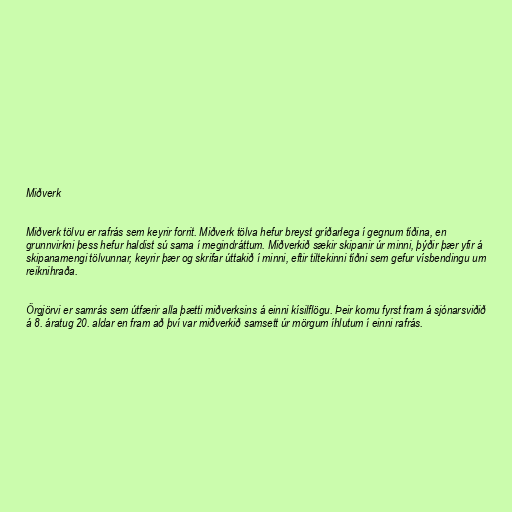
Miðverk

Miðverk tölvu er rafrás sem keyrir forrit. Miðverk tölva hefur breyst gríðarlega í gegnum tíðina, en
grunnvirkni þess hefur haldist sú sama í megindráttum. Miðverkið sækir skipanir úr minni, þýðir þær yfir á
skipanamengi tölvunnar, keyrir þær og skrifar úttakið í minni, eftir tiltekinni tíðni sem gefur vísbendingu um
reiknihraða.

Örgjörvi er samrás sem útfærir alla þætti miðverksins á einni kísilflögu. Þeir komu fyrst fram á sjónarsviðið
á 8. áratug 20. aldar en fram að því var miðverkið samsett úr mörgum íhlutum í einni rafrás.